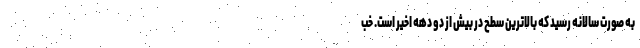
به صورت سالانه رسید که بالاترین سطح در بیش از دو دهه اخیر است. خب